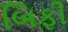
બિફી